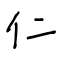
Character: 仁